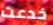
خدعت